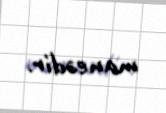
maneədir.